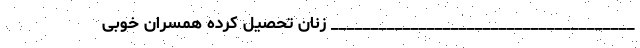
______________________________________ زنان تحصیل کرده همسران خوبی